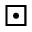
\boxdot